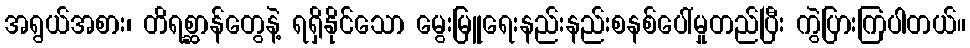
အရွယ်အစား၊ တိရစ္ဆာန်တွေနဲ့ ရရှိနိုင်သော မွေးမြူရေးနည်းနည်းစနစ်ပေါ်မှုတည်ပြီး ကွဲပြားကြပါတယ်။